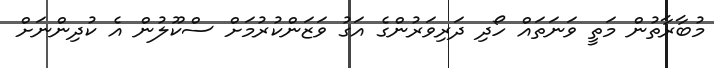
މުބާރާތުން މަތީ ވަނަތައް ހޯދި ދަރިވަރުންގެ އަގު ވަޒަންކުރުމަށް ސްކޫލުން އެ ކުދިންނަށް